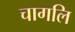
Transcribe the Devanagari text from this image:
चागलि